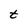
Character: t